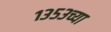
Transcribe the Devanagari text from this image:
१३५३च्या